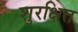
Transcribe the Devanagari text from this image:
शुरक्षित